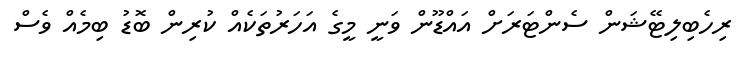
ރިހެބިލިޓޭޝަން ސެންޓަރަށް އައްޑޫން ވަނީ މީގެ އަހަރުތަކެއް ކުރިން ބޮޑު ބިމެއް ވެސް